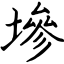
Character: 墋